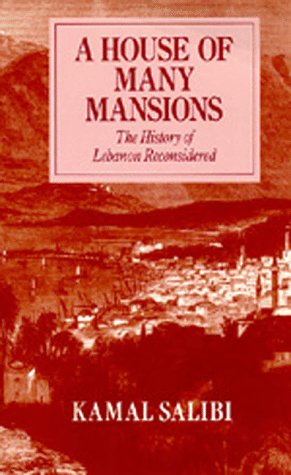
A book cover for A House of Many Mansions: The History of Lebanon Reconsidered; Kamal Salibi; History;